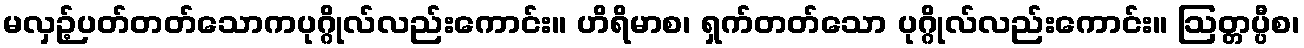
မလှဉ့်ပတ်တတ်သောကပုဂ္ဂိုလ်လည်းကောင်း။ ဟိရိမာစ၊ ရှက်တတ်သော ပုဂ္ဂိုလ်လည်းကောင်း။ ဩတ္တပ္ပီစ၊